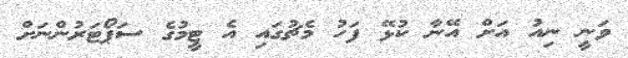
ވަނީ ނިއު އަށް އޭނާ ކުޅޭ ފަހު މެޗުގައި އެ ޓީމުގެ ސަޕޯޓަރުންނަށް